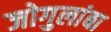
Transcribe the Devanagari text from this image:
जोगुलांबा